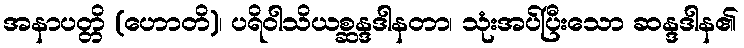
အနာပတ္တိ (ဟောတိ)၊ ပရိဝါသိယစ္ဆန္ဒဒါနတာ၊ သုံးအပ်ပြီးသော ဆန္ဒဒါန၏